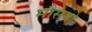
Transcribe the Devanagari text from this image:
मौसमो